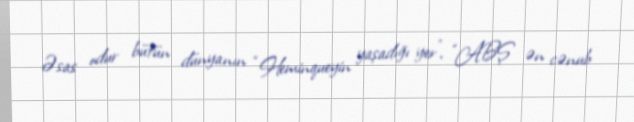
Əsas odur bütün dünyanın “Heminqueyin yaşadığı yer”, “ABŞ ən cənub